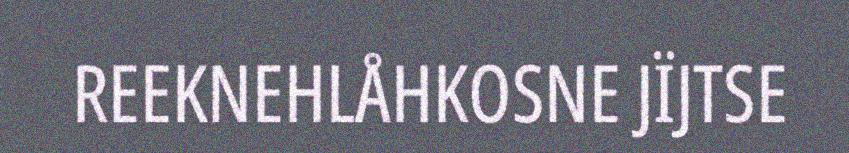
REEKNEHLÅHKOSNE JÏJTSE